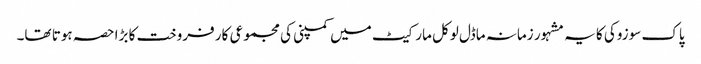
پاک سوزوکی کا یہ مشہور زمانہ ماڈل لوکل مارکیٹ میں کمپنی کی مجموعی کار فروخت کا بڑا حصہ ہوتا تھا۔